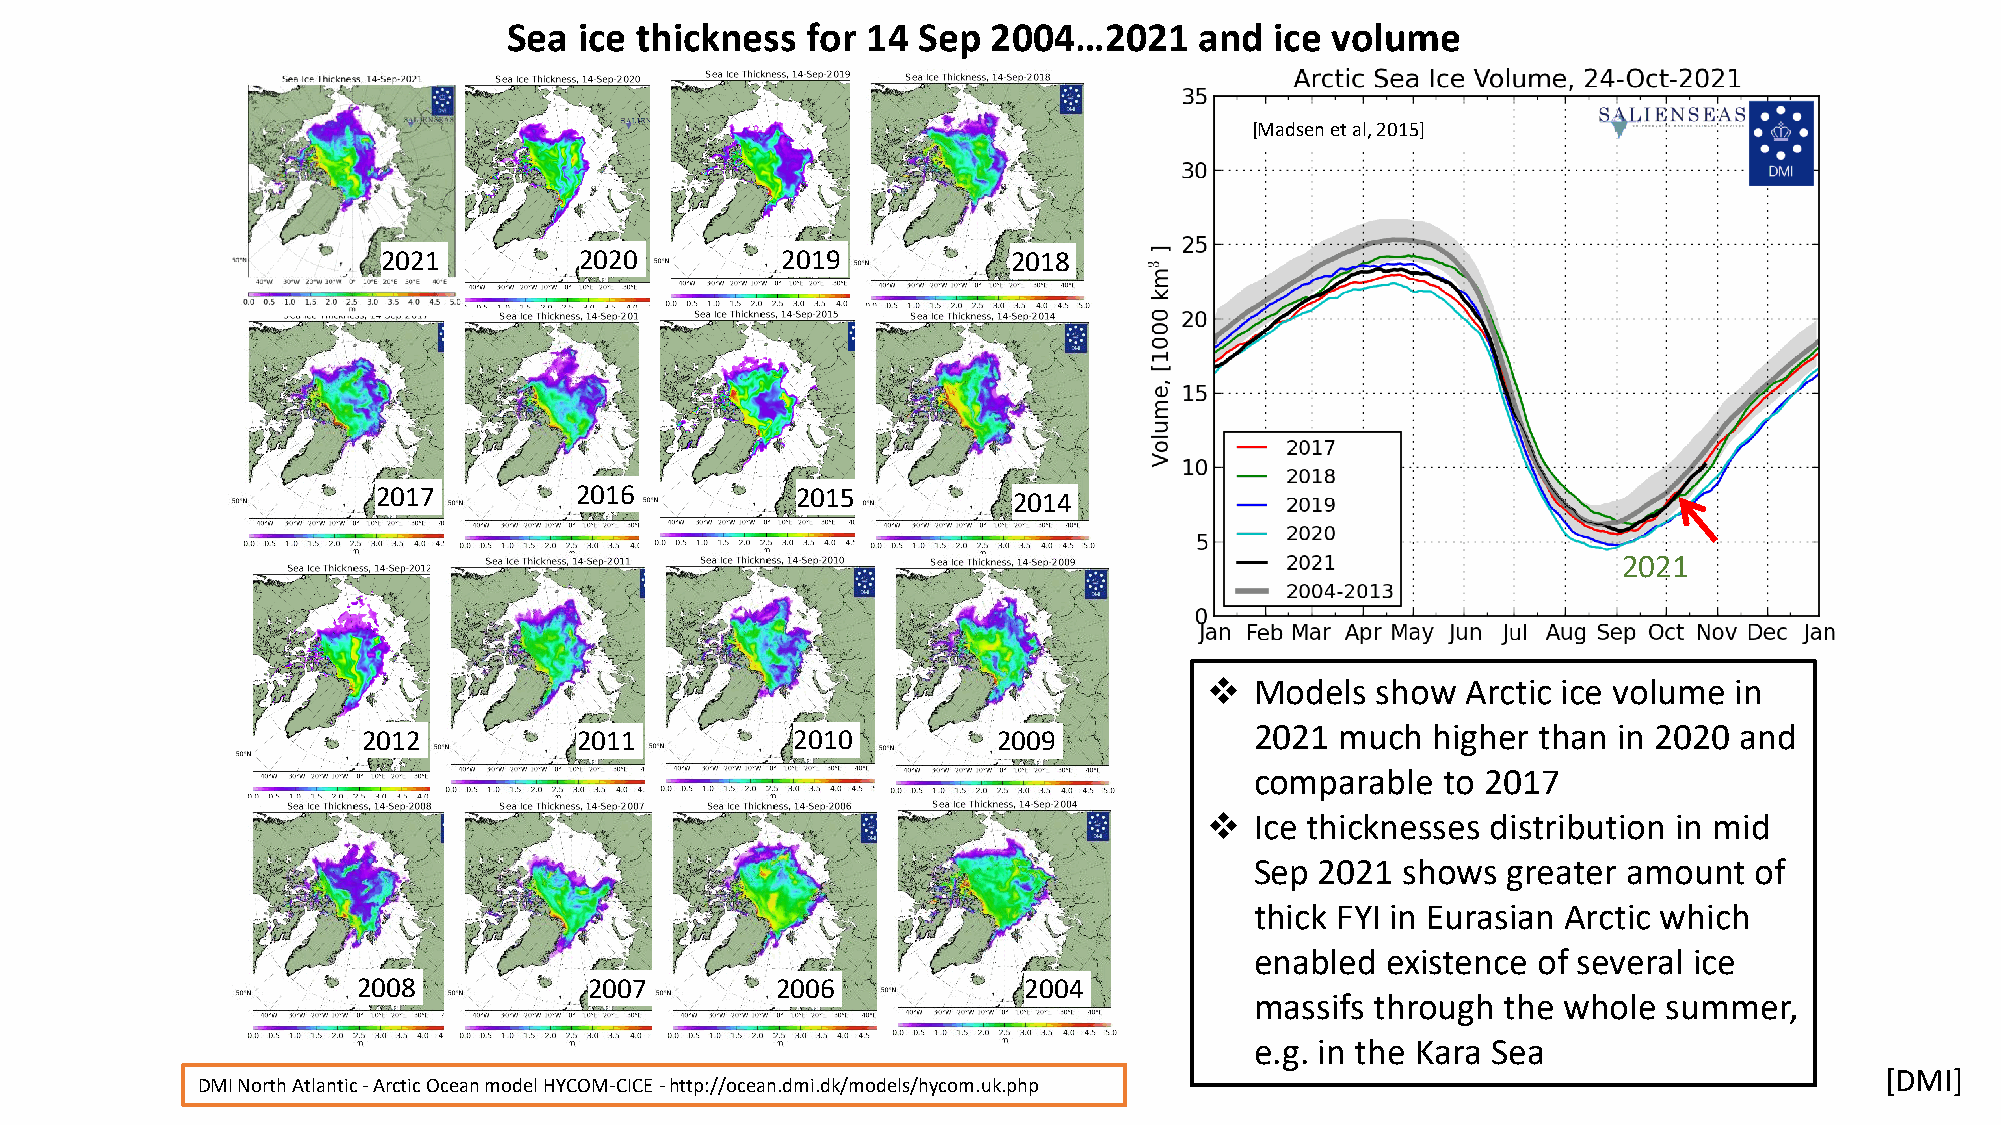
Sea ice thickness  for 14  Sep  2004…2021    and  ice volume
 [Madsen et al, 2015]
 2021         2020          2019           2018
 2017         2016           2015          2014
 2021
 ❖  Models  show  Arctic ice volume in
 2021  much  higher than in 2020 and
 2012          2011          2010          2009
 comparable  to 2017
 ❖  Ice thicknesses distribution in mid
 Sep 2021  shows  greater amount  of
 thick FYI in Eurasian Arctic which
 enabled  existence of several ice
 2008           2007        2006             2004
 massifs through  the whole summer,
 e.g. in the Kara Sea
 [DMI]
 DMI North Atlantic -Arctic Ocean model HYCOM-CICE -http://ocean.dmi.dk/models/hycom.uk.php